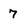
Character: 7